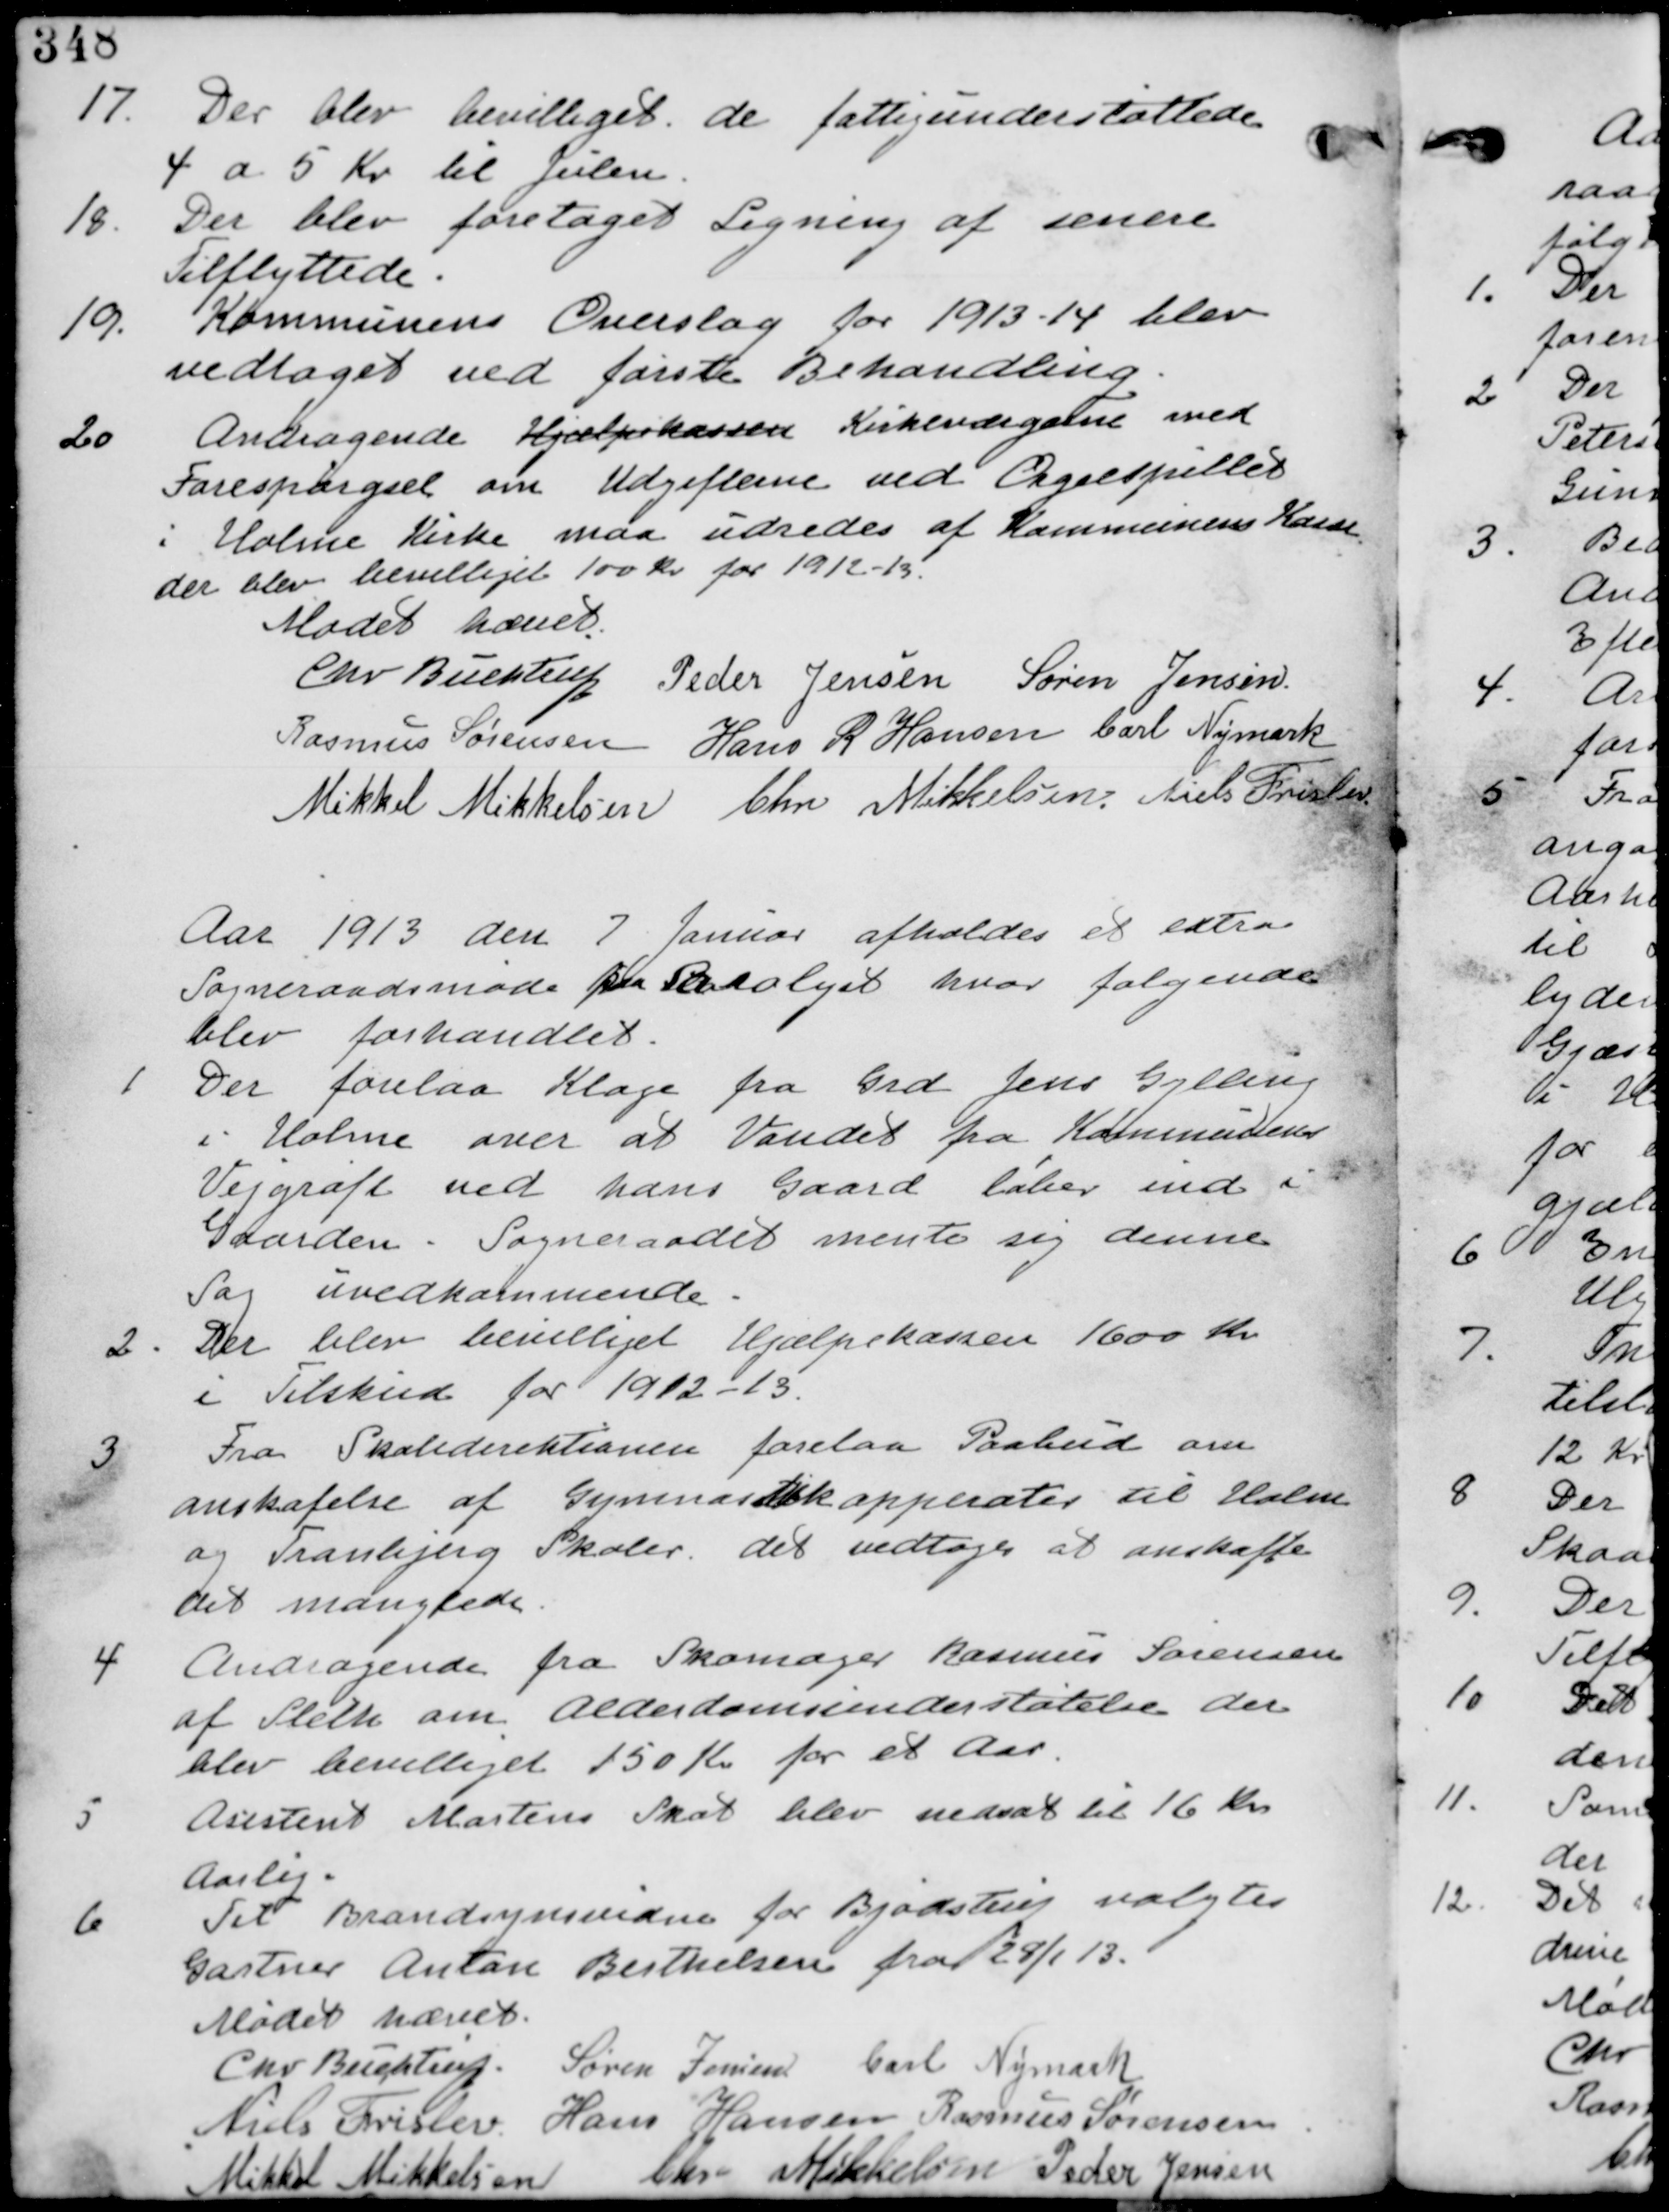
Transskription:
17. Der blev bevilliget de fattigunderstøttede
4 a 5 Kr til Julen

18. Der blev foretaget Ligning af senere
Tilflyttere.

19. Kommunens Overslag for 1913-14 blev
vedtaget ved første Behandling.

20. Andragende Hjælpekassen Kirkeværgerne med
Forespørgsel om Udgifterne ved Orgelspillet
i Holme Kirke maa udredes af Kommunens Kasse
der blev bevilliget 100 Kr for 1912-13

Mødet hævet

Chr Buchtrup. Peder Jensen Søren Jensen
Rasmus Sørensen Hans R Hansen Carl Nymark
Mikkel Mikkelsen Chr Mikkelsen Niels Frislev

Aar 1913 den 7 Januar afholdes et extra
Sogneraadsmøde paa Saralyst hvor følgende
blev forhandlet.

1. Der forelaa Klage fra Grd Jens Gylling
i Holme over at Vandet fra Kommunens
Vejrøft ved hans Gaard løber ind i
Gaarden. Sogneraadet mente sig denne
Sag uvedkommende.

2. Der blev bevilliget Hjølpekassen 1600 Kr
i Tilskud for 1912-13.

3. Fra Skoledirektionen forelaa Paabud om
anskaffelse af Gymnastikapparater til Holme
og Tranbjerg Skoler. det vedtages at anskaffe
det manglende.

4. Andragende fra Skomager Rassmus Sørensen
af Sleth om Alderdomsunderstøttelse. der
blev bevilliget 150 Kr for et Aar.

5. Asistent Martins Skat blev nedsat til 16 Kr
Aarligt

6. Til Brandsynsvidne for Bjødstrup valgtes
Gartner Anton Berthelsen fra 28/1 13.

Mødet hævet

Chr Buchtrup. Søren Jensen. Carl Nymark
Niels Frislev Hans Hansen Rasmus Sørensen
Mikkel Mikkelsen Chr Mikkelsen Peder Jensen